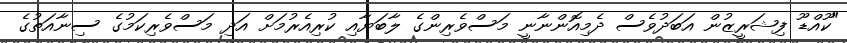
"ކޫއްޑޫ ފިޝަރީޒުން އަބަދުވެސް ދެމިއޮންނާނީ މަސްވެރިންގެ ލާބަޔާއި ކުރިއެރުމަށް އަދި މަސްވެރިކަމުގެ ސިނާއަތުގެ